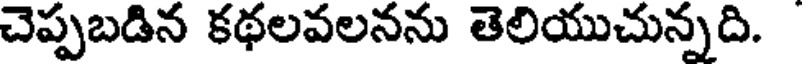
చెప్పబడిన కథలవలనను తెలియుచున్నది.